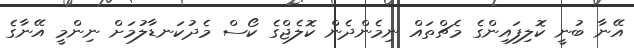
އޭނާ ބުނީ ކޮލިފައިންގެ މެޗްތައް ނިމެންދެން ކޮލެޖްގެ ކޯސް މެދުކަނޑާލުމަށް ނިންމީ އޭނާގެ